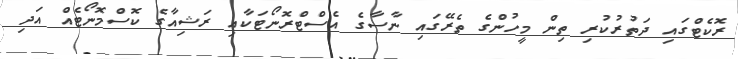
ރޮކެޓްގައި ދަތުރުކުރި ތިން މީހުންގެ ތެރޭގައި ނާސާގެ އެސްޓްރޮނޯޓަކާއި ރަޝިއާގެ ކޮސްމޮނޯޓެއް އަދި